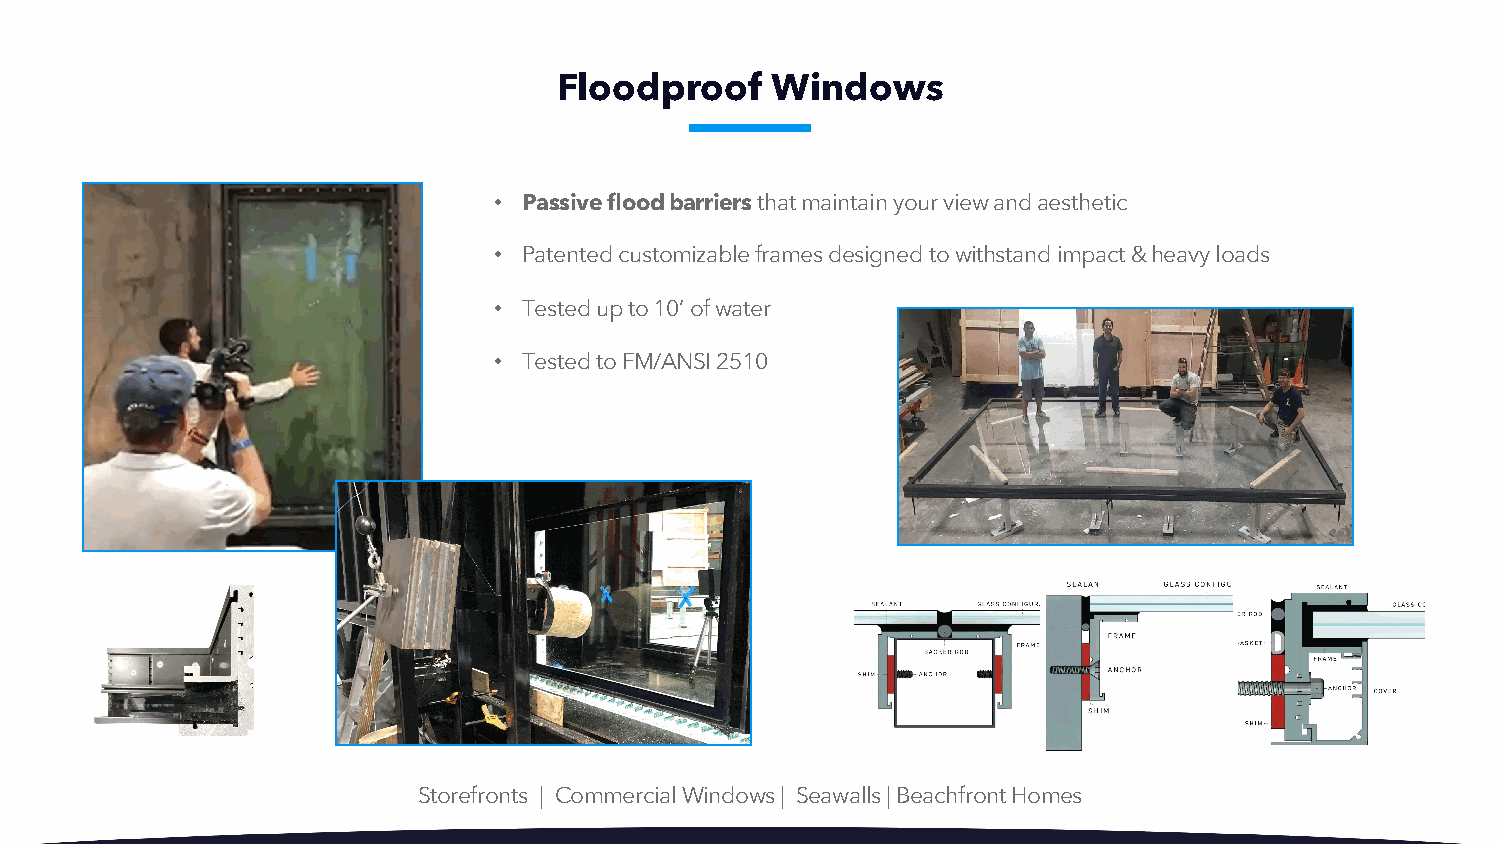
Floodproof    Windows
 • Passive flood barriers that maintain your view and aesthetic
 • Patented customizable frames designed to withstand impact & heavy loads
 • Tested up to 10’ of water
 • Tested to FM/ANSI 2510
 Storefronts | Commercial Windows | Seawalls | Beachfront Homes
 Beachfront Homes | Storefronts | Wind Screens | Seawalls